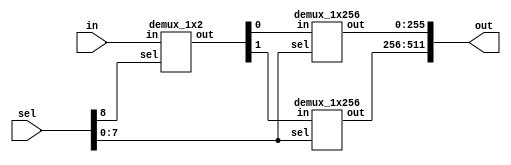
// This program was cloned from: https://github.com/lnis-uofu/OpenFPGA
// License: MIT License

module demux_1x512 (in,sel,out);
input in;
input [8:0] sel;
output [511:0] out;
wire [1:0] out_w;

demux_1x2 d512_0(.in(in),.sel(sel[8]),.out(out_w[1:0]));
demux_1x256 d512_1(.in(out_w[0]),.sel(sel[7:0]),.out(out[255:0]));
demux_1x256 d512_2(.in(out_w[1]),.sel(sel[7:0]),.out(out[511:256]));

endmodule

module demux_1x256 (in,sel,out);
input in;
input [7:0] sel;
output [255:0] out;
wire [1:0] out_w;

demux_1x2 d256_0(.in(in),.sel(sel[7]),.out(out_w[1:0]));
demux_1x128 d256_1(.in(out_w[0]),.sel(sel[6:0]),.out(out[127:0]));
demux_1x128 d256_2(.in(out_w[1]),.sel(sel[6:0]),.out(out[255:128]));

endmodule

module demux_1x128 (in,sel,out);
input in;
input [6:0] sel;
output [127:0] out;
wire [1:0] out_w;

demux_1x2 d128_0(.in(in),.sel(sel[6]),.out(out_w[1:0]));
demux_1x64 d128_1(.in(out_w[0]),.sel(sel[5:0]),.out(out[63:0]));
demux_1x64 d128_2(.in(out_w[1]),.sel(sel[5:0]),.out(out[127:64]));

endmodule

module demux_1x64 (in,sel,out);
input in;
input [5:0] sel;
output [63:0] out;
wire [1:0] out_w;

demux_1x2 d64_0(.in(in),.sel(sel[5]),.out(out_w[1:0]));
demux_1x32 d64_1(.in(out_w[0]),.sel(sel[4:0]),.out(out[31:0]));
demux_1x32 d64_2(.in(out_w[1]),.sel(sel[4:0]),.out(out[63:32]));

endmodule

module demux_1x32 (in,sel,out);
input in;
input [4:0] sel;
output [31:0] out;
wire [1:0] out_w;

demux_1x2 d32_0(.in(in),.sel(sel[4]),.out(out_w[1:0]));
demux_1x16 d32_1(.in(out_w[0]),.sel(sel[3:0]),.out(out[15:0]));
demux_1x16 d32_2(.in(out_w[1]),.sel(sel[3:0]),.out(out[31:16]));

endmodule


module demux_1x16 (in,sel,out);
input in;
input [3:0] sel;
output [15:0] out;
wire [1:0] out_w;

demux_1x2 d16_0(.in(in),.sel(sel[3]),.out(out_w[1:0]));
demux_1x8 d16_1(.in(out_w[0]),.sel(sel[2:0]),.out(out[7:0]));
demux_1x8 d16_2(.in(out_w[1]),.sel(sel[2:0]),.out(out[15:8]));

endmodule

module demux_1x8 (in,sel,out);
input in;
input [2:0] sel;
output [7:0] out;
wire [1:0] out_w;

demux_1x2 d8_0(.in(in),.sel(sel[2]),.out(out_w[1:0]));
demux_1x4 d8_1(.in(out_w[0]),.sel(sel[1:0]),.out(out[3:0]));
demux_1x4 d8_2(.in(out_w[1]),.sel(sel[1:0]),.out(out[7:4]));

endmodule 

module demux_1x4 (in,sel,out);
input in;
input [1:0] sel;
output [3:0] out;
wire [1:0]out_w;

demux_1x2 d4_0(.in(in),.sel(sel[1]),.out(out_w));
demux_1x2 d4_1(.in(out_w[0]),.sel(sel[0]),.out(out[1:0]));
demux_1x2 d4_2(.in(out_w[1]),.sel(sel[0]),.out(out[3:2]));


endmodule 

module demux_1x2 (in,sel,out);
input in,sel;
output [1:0] out;

assign out[0] = (sel==0) ? in :0;
assign out[1] = (sel==1) ? in :0;

endmodule